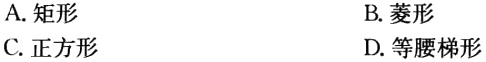
A. 矩形
B. 菱形
C. 正方形
D. 等腰梯形